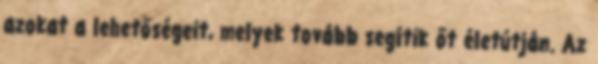
azokat a lehetőségeit, melyek tovább segítik őt életútján. Az